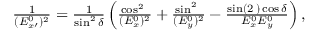
\begin{array} { r } { \frac { 1 } { ( E _ { x \prime } ^ { 0 } ) ^ { 2 } } = \frac { 1 } { \sin ^ { 2 } \delta } \left( \frac { \cos ^ { 2 } { \it \Psi } } { ( E _ { x } ^ { 0 } ) ^ { 2 } } + \frac { \sin ^ { 2 } { \it \Psi } } { ( E _ { y } ^ { 0 } ) ^ { 2 } } - \frac { \sin ( 2 { \it \Psi } ) \cos \delta } { E _ { x } ^ { 0 } E _ { y } ^ { 0 } } \right) , } \end{array}